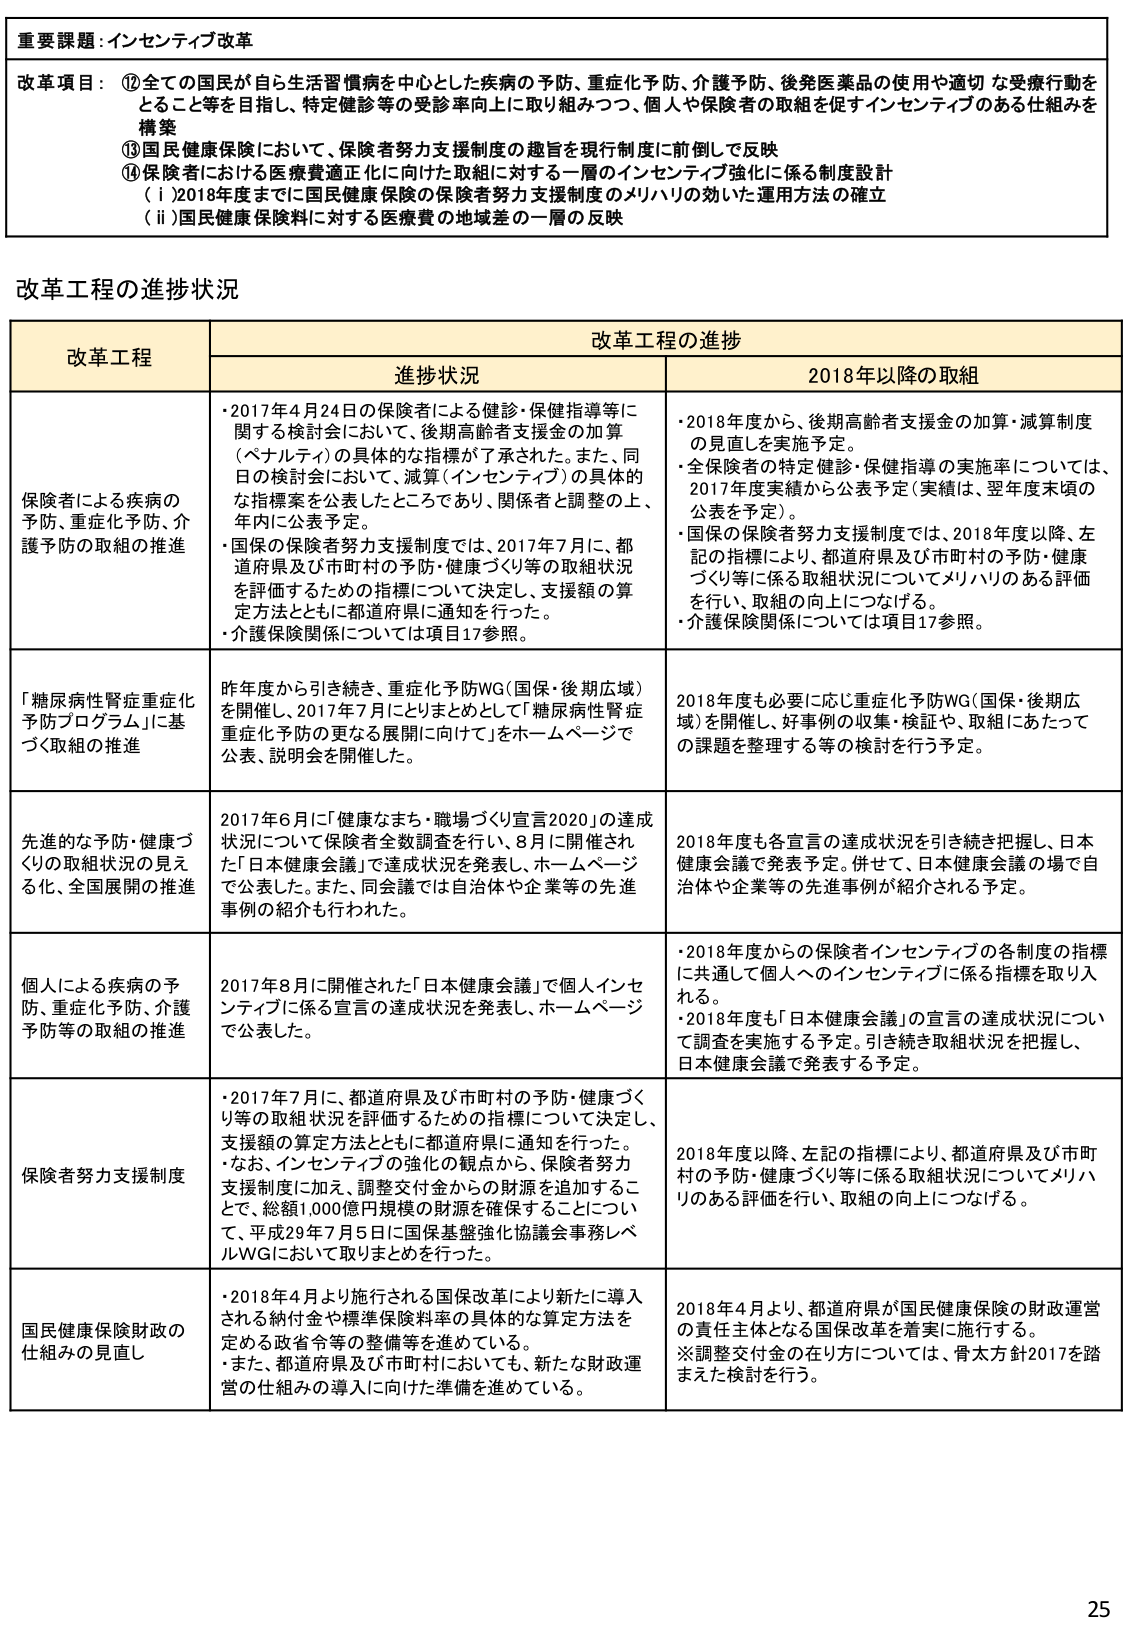
重要課題：インセンティブ改革

改革項目： ⑫ 全ての国民が自ら生活習慣病を中心とした疾病の予防、重症化予防、介護予防、後発医薬品の使用や適切な受療行動をとること等を目指し、特定健診等の受診率向上に取り組みつつ、個人や保険者の取組を促すインセンティブのある仕組みを構築
⑬ 国民健康保険において、保険者努力支援制度の趣旨を現行制度に前倒して反映
⑭ 保険者における医療費適正化に向けた取組に対する一層のインセンティブ強化に係る制度設計
（ⅰ）2018年度までに国民健康保険の保険者努力支援制度のメリハリの効いた運用方法の確立
（ⅱ）国民健康保険料に対する医療費の地域差の一層の反映

改革工程の進捗状況

改革工程  改革工程の進捗
　　　　　進捗状況